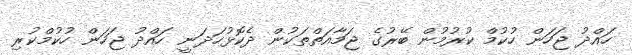
ހައްދު ޖަހަން ހުކުމް ކުރުމުން ބޭރުގެ ޖަމާއަތްތަކުން ދެކޮޅުހަދަނީ ހައްދު ޖަހަން ހުކުމްކުރި